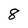
Character: 8